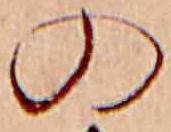
の